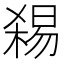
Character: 𱤅